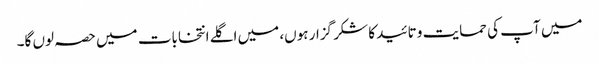
میں آپ کی حمایت و تائید کا شکر گزار ہوں، میں اگلے انتخابات میں حصہ لوں گا۔